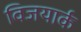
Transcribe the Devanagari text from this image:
विजयार्क